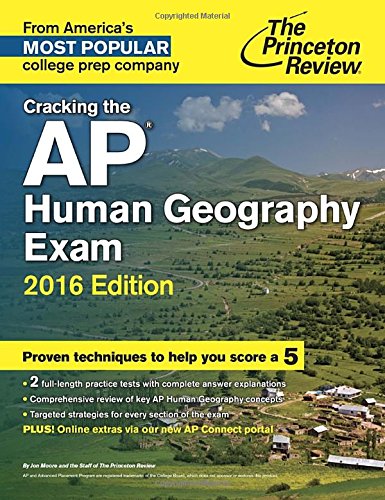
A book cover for Cracking the AP Human Geography Exam, 2016 Edition (College Test Preparation); Princeton Review; Test Preparation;